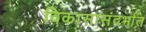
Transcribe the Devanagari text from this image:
विकासासंदर्भात